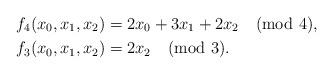
LaTeX: \begin{align*}f_4 (x_0, x_1, x_2) &= 2 x_0 + 3x_1 + 2x_2 \pmod{4}, \\f_3(x_0, x_1, x_2) &= 2 x_2 \pmod{3}.\end{align*}